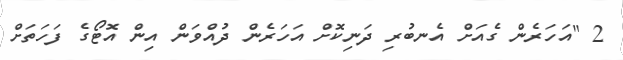
2 "އަހަރެން ގެއަށް އެނބުރި ދަނިކޮށް އަހަރެން ދުއްވަން އިން އޮޓޯގެ ފަހަތަށް